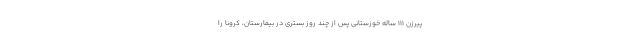
پیرزن ۱۱۱ ساله خوزستانی پس از چند روز بستری در بیمارستان، کرونا را